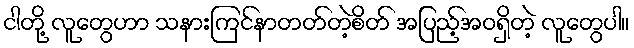
ငါတို့ လူတွေဟာ သနားကြင်နာတတ်တဲ့စိတ် အပြည့်အဝရှိတဲ့ လူတွေပါ။